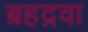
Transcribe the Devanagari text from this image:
ब्रहद्रवा